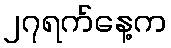
၂၇ရက်နေ့က